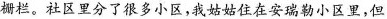
栅栏。社区里分了很多小区，我姑姑住在安瑞勒小区里，但